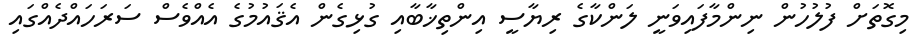
މިގޮތަށް ފުލުހުން ނިންމާފައިވަނީ ލަންކާގެ ރިޔާސީ އިންތިޚާބާއި ގުޅިގެން އެޤައުމުގެ އެއްވެސް ސަރަހައްދެއްގައި